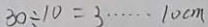
3 0 \div 1 0 = 3 \cdots 1 0 c m